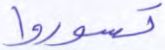
تسوروا